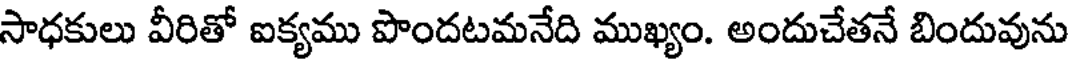
సాధకులు వీరితో ఐక్యము పొందటమనేది ముఖ్యం. అందుచేతనే బిందువును